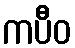
ကပီဝ